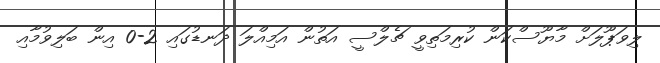
ލިވަޕޫލަށް މާޔޫސްކަން ކުރިމަތިވީ ޗެލްސީ އަތުން އަމިއްލަ ދަނޑުގައި 2-0 އިން ބަލިވުމާއި